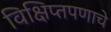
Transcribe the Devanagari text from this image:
विक्षिप्तपणाचे